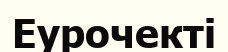
Еурочекті